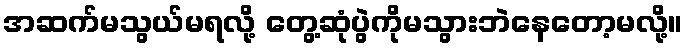
အဆက်မသွယ်မရလို့ တွေ့ဆုံပွဲကိုမသွားဘဲနေတော့မလို့။